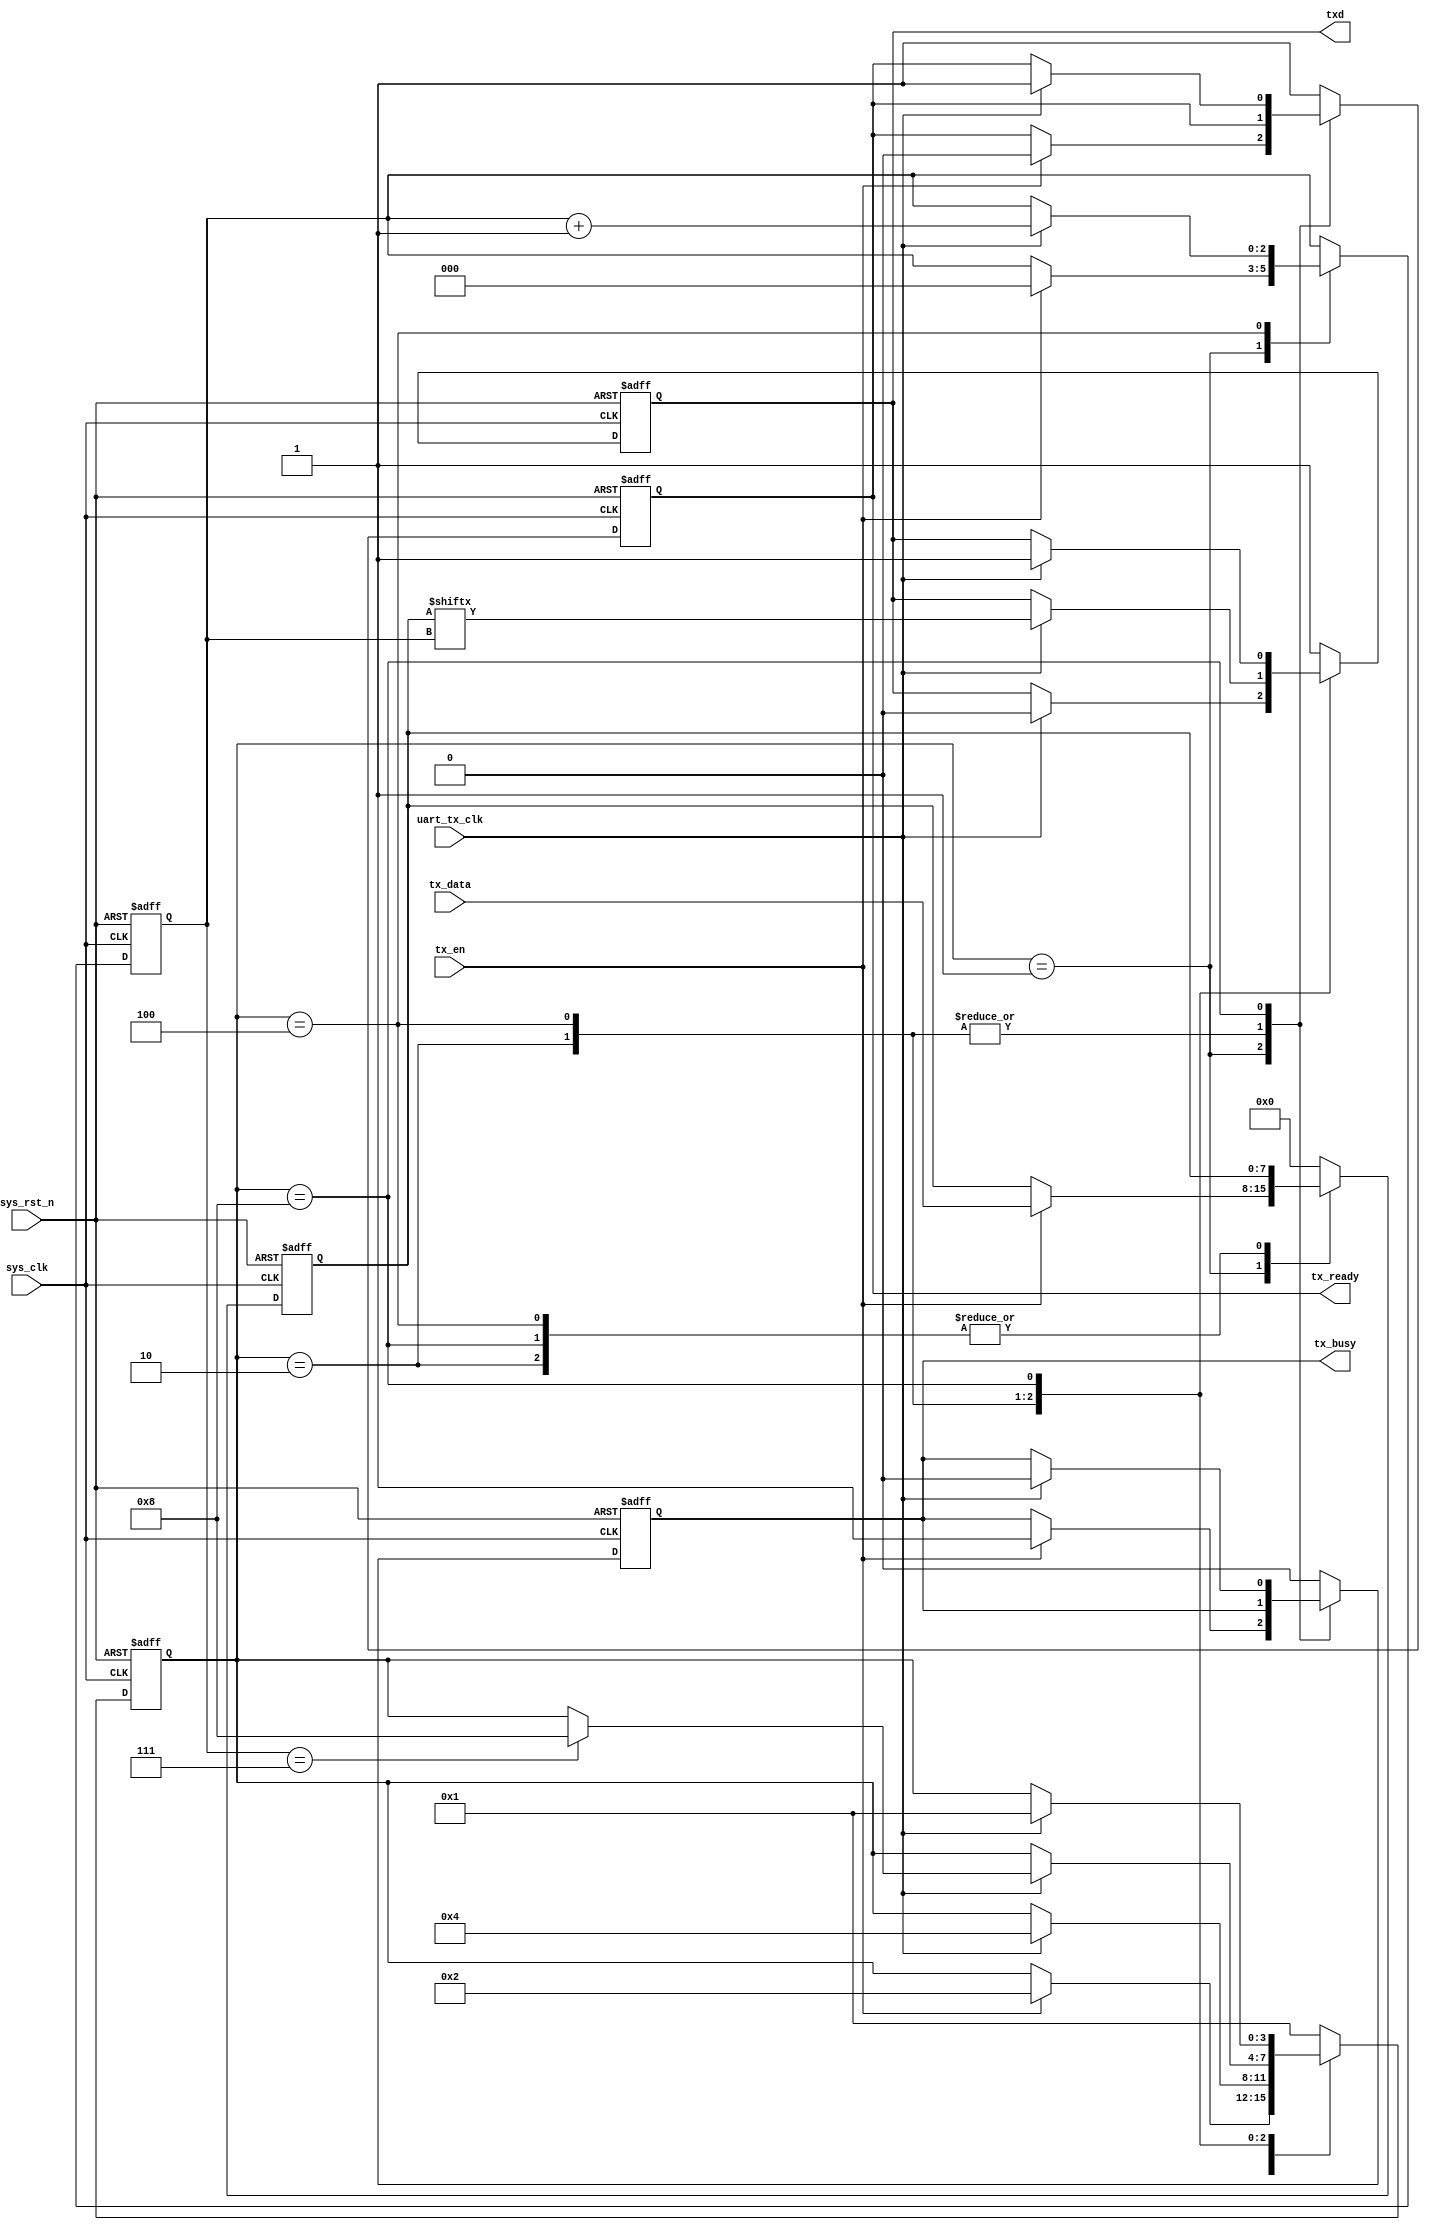
`timescale 1ns/1ps

module uart_tx (
           input wire sys_clk, //base clk
           input wire uart_tx_clk, //uart-tx clk
           input wire sys_rst_n,

           input wire tx_en,
           output reg tx_busy,
           output reg tx_ready,

           input wire [7: 0] tx_data,
           output reg txd
       );
localparam TX_STATE_IDLE = 4'b0001;
localparam TX_STATE_START = 4'b0010;
localparam TX_STATE_DATA = 4'b0100;
localparam TX_STATE_STOP = 4'b1000;

reg [3: 0] global_state = TX_STATE_IDLE;

reg [7: 0] temp_send_data = 8'b0;
reg [2: 0] bitpos = 3'b0;

always @(posedge sys_clk or negedge sys_rst_n) begin
    if (!sys_rst_n) begin
        global_state <= TX_STATE_IDLE;
        temp_send_data <= 8'b0;
        bitpos <= 3'b0;
        tx_ready <= 1'b1;
        tx_busy <= 1'b0;
        txd <= 1'b1; //default: high
    end
    else begin
        case (global_state)
            TX_STATE_IDLE: begin
                txd <= 1'b1; //default: high
                if (tx_en) begin
                    global_state <= TX_STATE_START;
                    temp_send_data <= tx_data; //load tx data
                    bitpos <= 3'b0;
                    tx_ready <= 1'b0;
                    tx_busy <= 1'b1;
                end
            end
            TX_STATE_START: begin
                if (uart_tx_clk) begin
                    txd <= 1'b0; //pull low, trans start
                    global_state <= TX_STATE_DATA;
                end
            end
            TX_STATE_DATA: begin
                if (uart_tx_clk) begin
                    txd <= temp_send_data[bitpos[2: 0]];
                    bitpos <= bitpos + 3'h1;
                    if (bitpos == 3'h7) begin //data trans over, send stop-bit
                        global_state <= TX_STATE_STOP;
                    end
                end
            end
            TX_STATE_STOP: begin
                if (uart_tx_clk) begin
                    txd <= 1'b1; //pull high,trans stop
                    global_state <= TX_STATE_IDLE;
                    tx_ready <= 1'b1;
                    tx_busy <= 1'b0;
                end
            end
            default: begin
                txd <= 1'b1;
                temp_send_data <= 8'b0;
                tx_ready <= 1'b1;
                tx_busy <= 1'b0;
                global_state <= TX_STATE_IDLE;
            end
        endcase
    end
end

endmodule